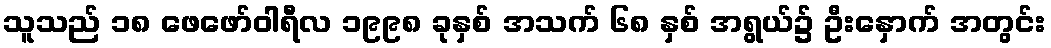
သူသည် ၁၈ ဖေဖော်ဝါရီလ ၁၉၉၈ ခုနှစ် အသက် ၆၈ နှစ် အရွယ်၌ ဦးနှောက် အတွင်း